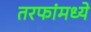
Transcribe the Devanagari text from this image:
तरफांमध्ये